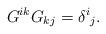
LaTeX: \begin{align*}G^{ik}G_{kj}=\delta^{i}{}_{j}.\end{align*}